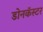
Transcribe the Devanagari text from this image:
डोनकॅस्टर